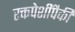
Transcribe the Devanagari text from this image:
रक्तपेशींपैकी